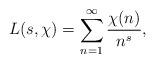
LaTeX: \begin{align*}L(s,\chi)=\sum_{n=1}^{\infty} \frac{\chi(n)}{n^s},\end{align*}